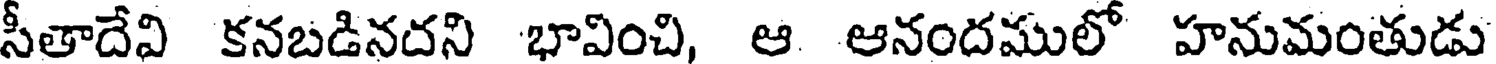
సీతాదేవి కనబడినదని భావించి, ఆ ఆనందములో హనుమంతుడు